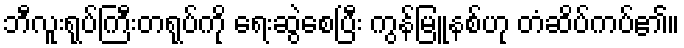
ဘီလူးရုပ်ကြီးတရုပ်ကို ရေးဆွဲစေပြီး ကွန်မြူနစ်ဟု တံဆိပ်ကပ်၏။